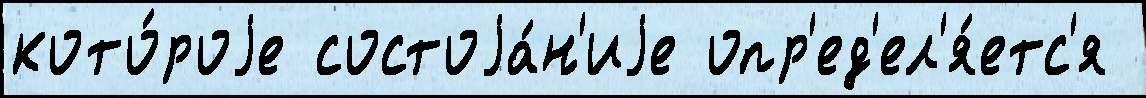
кото́роjе состоjа́н'иjе опр'ед'ел'я́етс'я